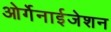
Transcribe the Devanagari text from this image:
ओर्गेनाईजेशन